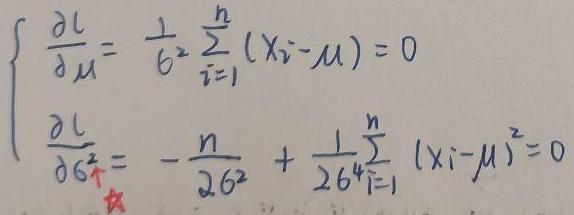
\[
\left\{
\begin{array}{l}
\frac{\partial \mathcal{L}}{\partial \mu}=\frac{1}{\sigma^{2}} \sum_{i = 1}^{n}(x_{i}-\mu)=0 \\
\frac{\partial \mathcal{L}}{\partial \sigma^{2}}=-\frac{n}{2 \sigma^{2}}+\frac{1}{2 \sigma^{4}} \sum_{i = 1}^{n}(x_{i}-\mu)^{2}=0
\end{array}
\right.
\]